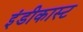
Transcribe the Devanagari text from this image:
इंडीकास्ट